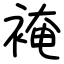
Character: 裺